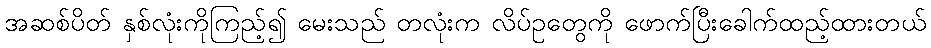
အဆစ်ပိတ် နှစ်လုံးကိုကြည့်၍ မေးသည် တလုံးက လိပ်ဥတွေကို ဖောက်ပြီးခေါက်ထည့်ထားတယ်